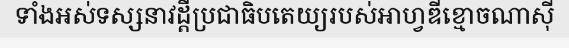
ទាំងអស់ទស្សនាវដ្តីប្រជាធិបតេយ្យរបស់អាហ្វឌីខ្មោចណាស៊ី